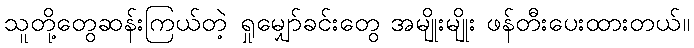
သူတို့တွေဆန်းကြယ်တဲ့ ရှုမျှော်ခင်းတွေ အမျိုးမျိုး ဖန်တီးပေးထားတယ်။